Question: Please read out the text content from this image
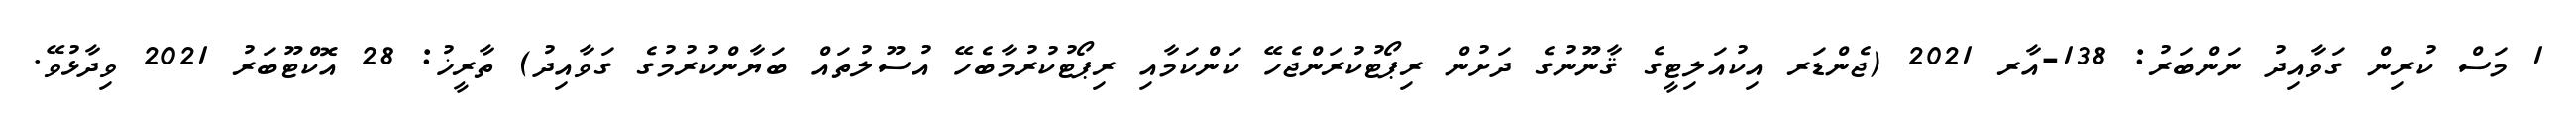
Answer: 1 މަސް ކުރިން ގަވާއިދު ނަންބަރު: 138-އާރ 2021 (ޖެންޑަރ އިކުއަލިޓީގެ ޤާނޫނުގެ ދަށުން ރިޕޯޓުކުރަންޖެހޭ ކަންކަމާއި ރިޕޯޓުކުރުމާބެހޭ އުސޫލުތައް ބަޔާންކުރުމުގެ ގަވާއިދު) ތާރީޚު: 28 އޮކްޓޫބަރު 2021 ވިދާޅުވޭ.